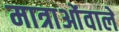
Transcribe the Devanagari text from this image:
मात्राओंवाले